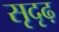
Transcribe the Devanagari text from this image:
सृदृढ़